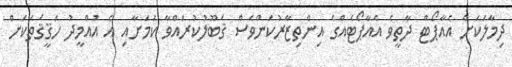
ދިމާލަކަށް އެއާޕޯޓް ދާތީވެ އެއާޕޯޓެއްގެ އިންތިޒާރުކަންވެސް ޤަބޫލުކުރައްވާ ކަމަށާއި އެ އުއްމީދު ހަޤީޤަތަކަށް